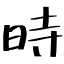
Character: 時